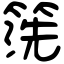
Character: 箲